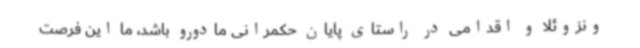
ونزوئلا و اقدامی در راستای پایان حکمرانی مادورو باشد، ما این فرصت